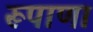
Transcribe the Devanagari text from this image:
रूपाणा